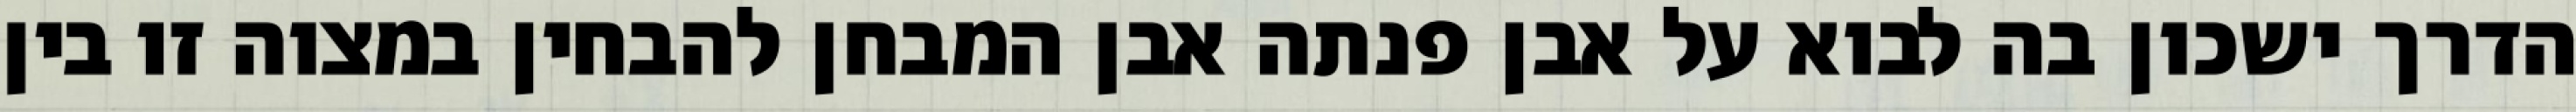
הדרך ישכון בה לבוא על אבן פנתה אבן המבחן להבחין במצוה זו בין